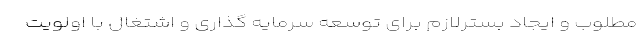
مطلوب و ایجاد بسترلازم برای توسعه سرمایه گذاری و اشتغال با اولویت